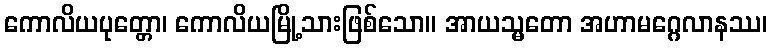
ကောလိယပုတ္တော၊ ကောလိယမြို့သားဖြစ်သော။ အာယသ္မတော အဟာမဂ္ဂေလာနဿ၊